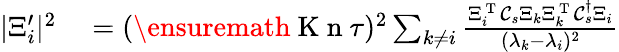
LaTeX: \begin{array}{rl}{\vert\Xi_{i}^{\prime}\vert^{2}}&{{}=(\ensuremath{\mathrm{~K~n~}}\tau)^{2}\sum_{k\neq i}\frac{\Xi_{i}^{\mathrm{~T~}}\mathcal C_{s}\Xi_{k}\Xi_{k}^{\mathrm{~T~}}\mathcal C_{s}^{\dagger}\Xi_{i}}{(\lambda_{k}-\lambda_{i})^{2}}}\end{array}